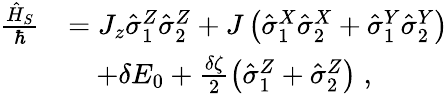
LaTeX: \begin{array}{rl}{\frac{\hat{H}_{S}}{\hbar}}&{=J_{z}\hat{\sigma}_{1}^{Z}\hat{\sigma}_{2}^{Z}+J\left(\hat{\sigma}_{1}^{X}\hat{\sigma}_{2}^{X}+\hat{\sigma}_{1}^{Y}\hat{\sigma}_{2}^{Y}\right)}\\ &{\quad+\delta E_{0}+\frac{\delta\zeta}{2}\left(\hat{\sigma}_{1}^{Z}+\hat{\sigma}_{2}^{Z}\right)\; ,}\end{array}